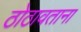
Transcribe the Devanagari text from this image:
ठोठावताना